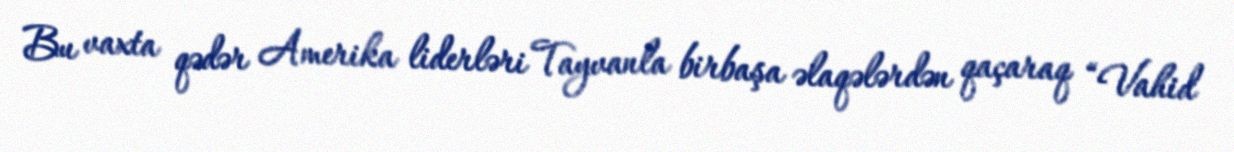
Bu vaxta qədər Amerika liderləri Tayvanla birbaşa əlaqələrdən qaçaraq “Vahid